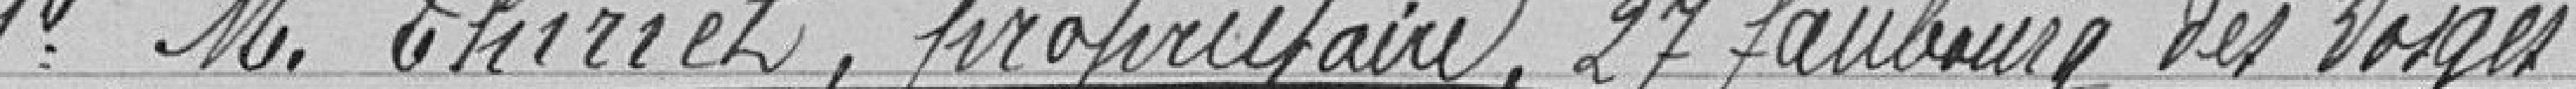
1° Monsieur THIRIET, propriétaire 27 faubourg des Vosges